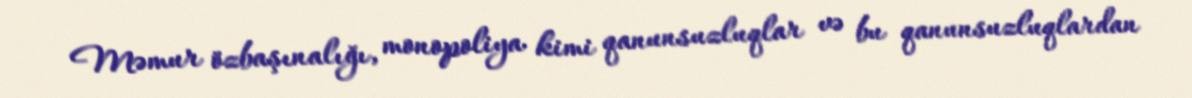
Məmur özbaşınalığı, monopoliya kimi qanunsuzluqlar və bu qanunsuzluqlardan